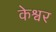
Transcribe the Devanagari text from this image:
केश्वर